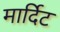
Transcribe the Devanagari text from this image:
मार्दिट